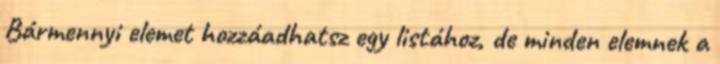
Bármennyi elemet hozzáadhatsz egy listához, de minden elemnek a